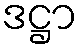
ဒဋ္ဌာ